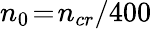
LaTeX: n_{0}\! =\! n_{cr}/400